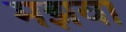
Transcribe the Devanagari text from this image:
मझवा